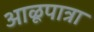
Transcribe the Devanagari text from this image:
आळूपात्रा